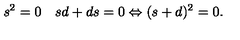
s ^ { 2 } = 0 \quad s d + d s = 0 \Leftrightarrow ( s + d ) ^ { 2 } = 0 .